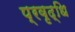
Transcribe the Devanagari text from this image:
प्रवृद्धि